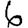
Digit: 6